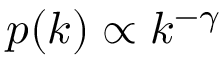
p ( k ) \propto k ^ { - \gamma }